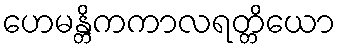
ဟေမန္တိကကာလရတ္တိယော